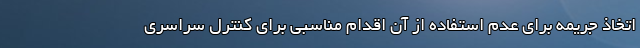
اتخاذ جریمه برای عدم استفاده از آن اقدام مناسبی برای کنترل سراسری